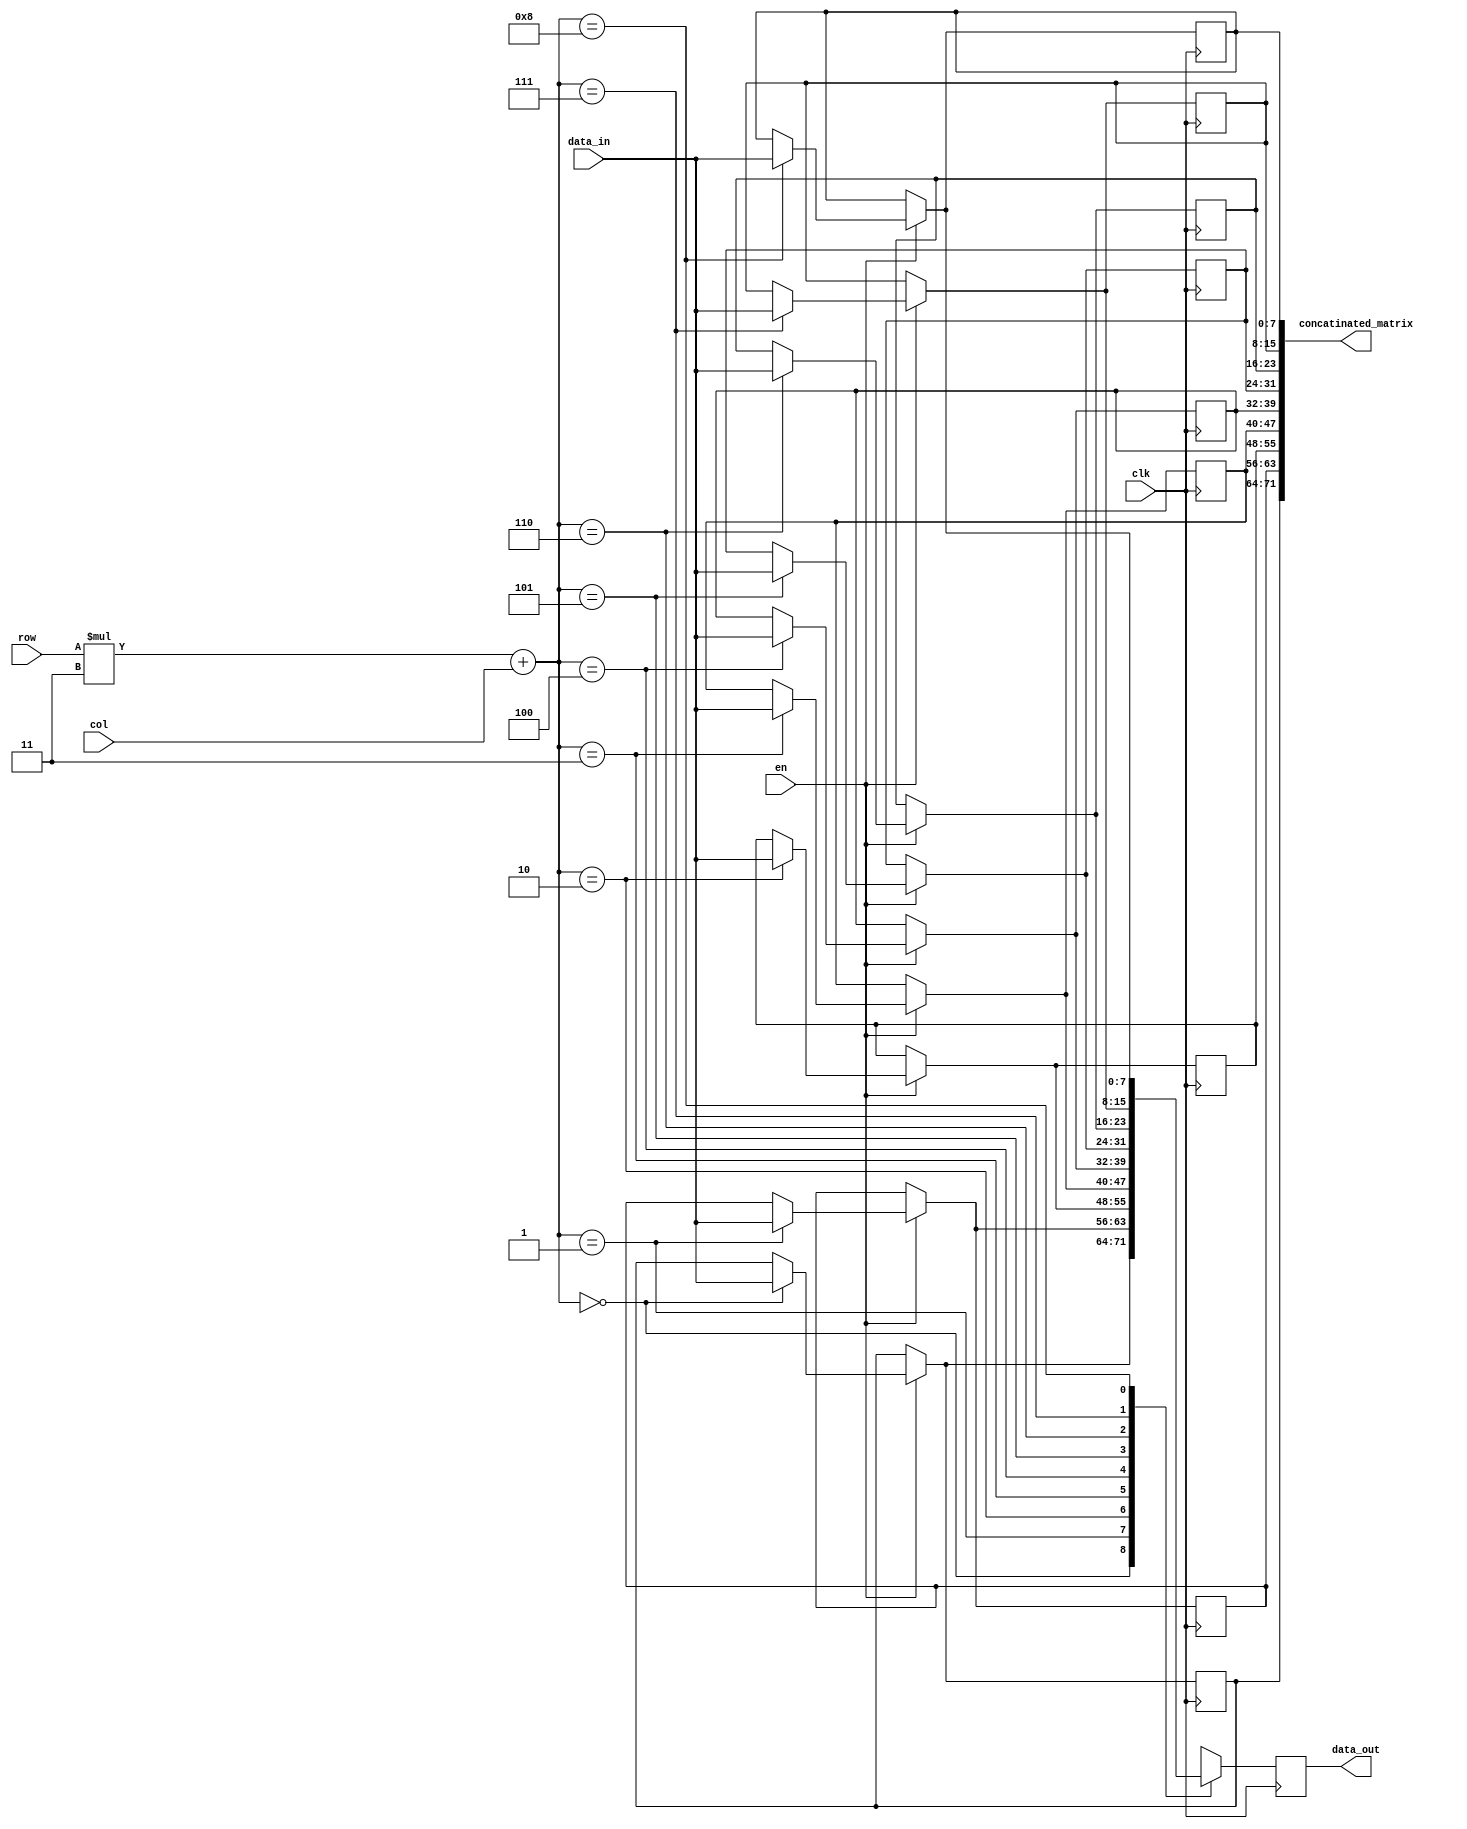
module matrix_3_3_R(clk,en,row,col,data_in,data_out,concatinated_matrix);
reg [7:0] Matrix [8:0];
input en;
input clk;
input [1:0] row,col;
input [7:0] data_in;
output reg [7:0] data_out;
output [71:0] concatinated_matrix;

initial begin
    $display ("loading rom.");
     Matrix[0]=8'd0;
	 Matrix[1]=8'd0;
	 Matrix[2]=8'd0;
	 Matrix[3]=8'd0;
	 Matrix[4]=8'd0;
	 Matrix[5]=8'd0;
	 Matrix[6]=8'd0;
	 Matrix[7]=8'd0;
	 Matrix[8]=8'd0;
	 
end
always @(posedge clk)
begin
   if(en) Matrix[row*3+col]=data_in;
	data_out=Matrix[row*3+col];	
end
assign concatinated_matrix={Matrix[0],Matrix[1],Matrix[2],Matrix[3],Matrix[4],Matrix[5],Matrix[6],Matrix[7],Matrix[8]};

endmodule